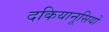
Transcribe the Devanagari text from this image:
दकियानूसियों